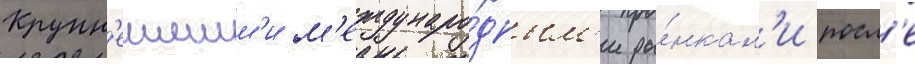
Крупн'еишим'и м'еждунаро́дным'и ры́нкам'и посл'е